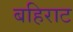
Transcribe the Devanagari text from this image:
बहिराट